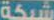
شبكة